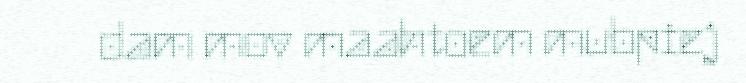
dam mov maahtoem mubpiej